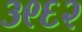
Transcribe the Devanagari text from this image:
३९६२